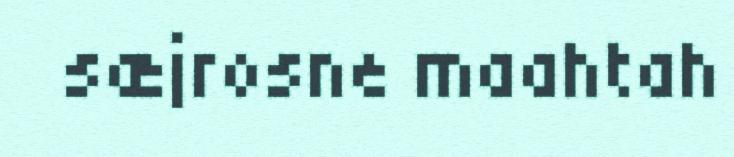
sæjrosne maahtah